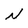
Character: N